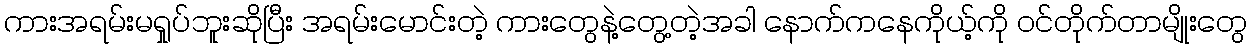
ကားအရမ်းမရှုပ်ဘူးဆိုပြီး အရမ်းမောင်းတဲ့ ကားတွေနဲ့တွေ့တဲ့အခါ နောက်ကနေကိုယ့်ကို ဝင်တိုက်တာမျိုးတွေ